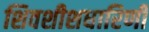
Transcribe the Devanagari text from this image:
शिवशीशधारिणी